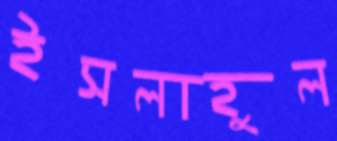
ইসলাহুল